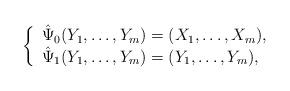
LaTeX: \begin{align*} \left\{ \begin{array}{l} \hat{\Psi}_0(Y_1,\ldots,Y_m)=(X_1,\ldots,X_m),\\ \hat{\Psi}_1(Y_1,\ldots,Y_m)=(Y_1,\ldots,Y_m),\\ \end{array} \right. \end{align*}